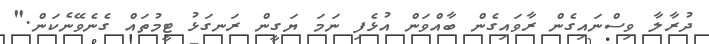
ދުރާލާ ވިސްނައިގެން ރާވައިގެން ބާއްވަން އުޅެފި ނަމަ ޔަގީން ރަނގަޅު ޓީމުތައް ގެނެވޭނެކަން."